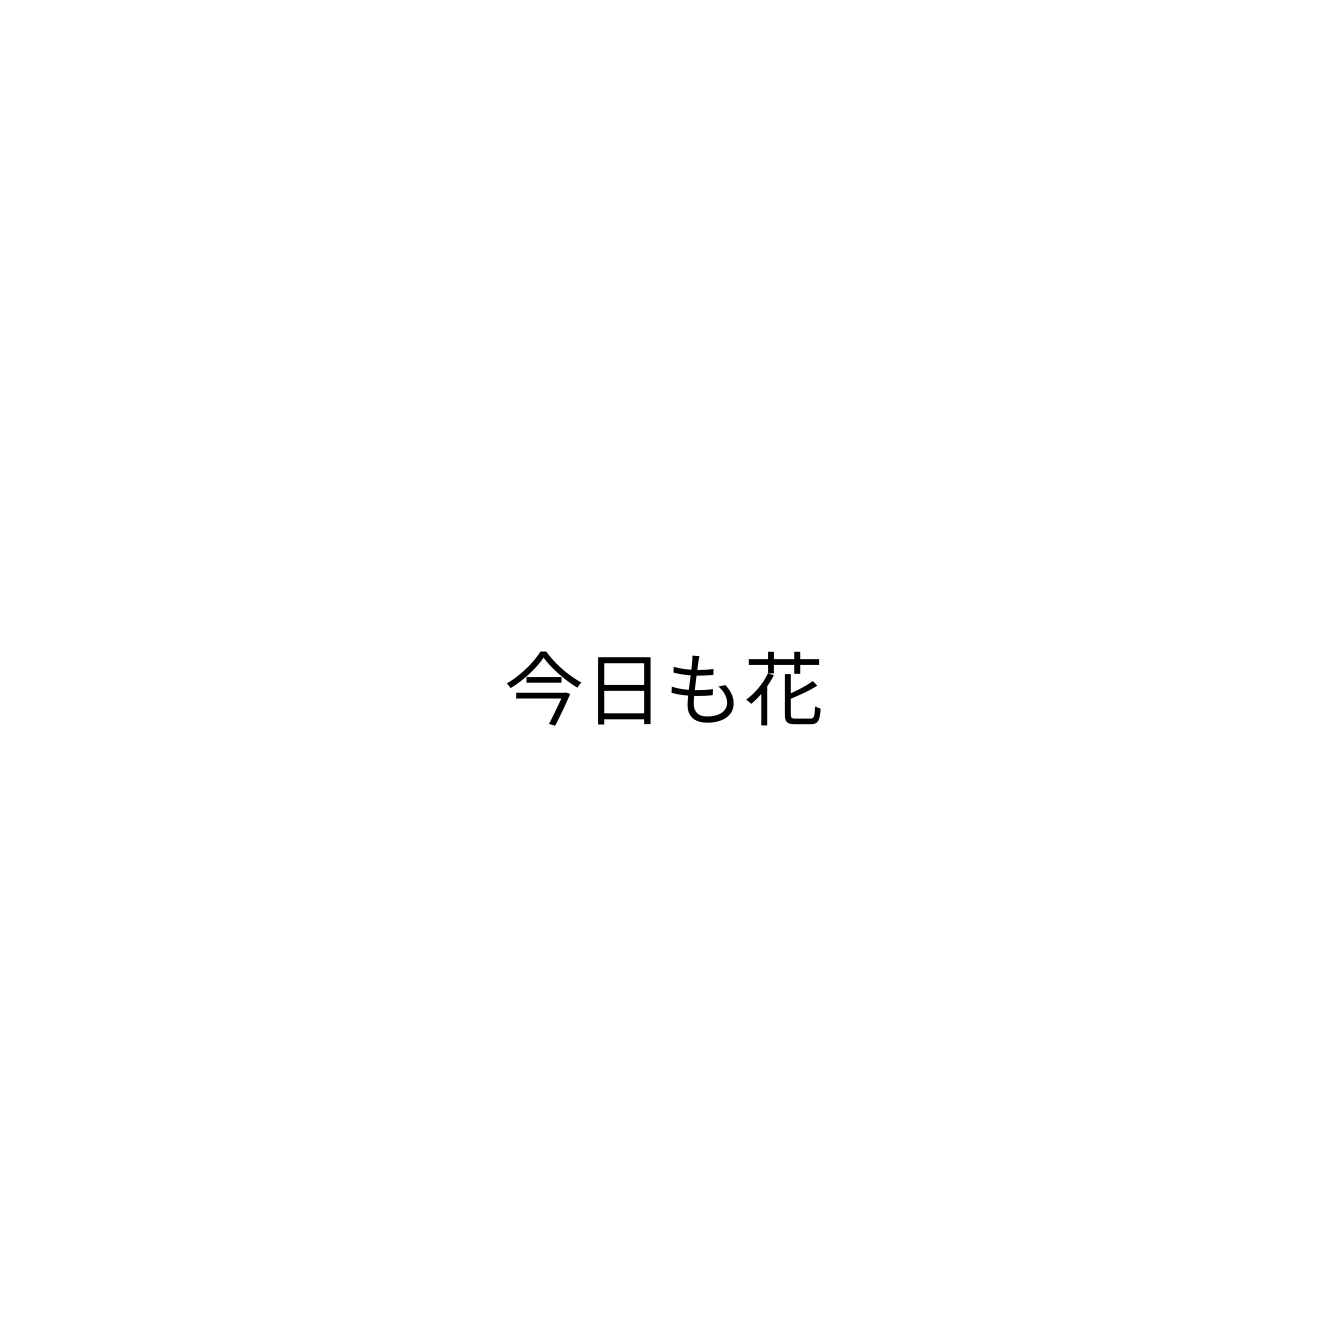
今日も花